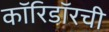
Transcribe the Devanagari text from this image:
कॉरिडॉरची